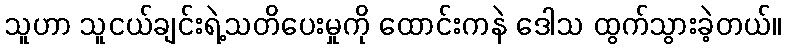
သူဟာ သူငယ်ချင်းရဲ့သတိပေးမှုကို ထောင်းကနဲ ဒေါသ ထွက်သွားခဲ့တယ်။